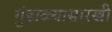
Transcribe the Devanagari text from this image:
गुंडाळ्यासारखी